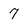
Character: 7